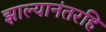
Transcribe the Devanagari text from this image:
झाल्यानंतरहि